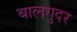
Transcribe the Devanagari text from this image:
बालगुदर